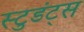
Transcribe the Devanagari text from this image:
स्टुडंट्‌स